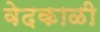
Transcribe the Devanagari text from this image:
वेदकाळी